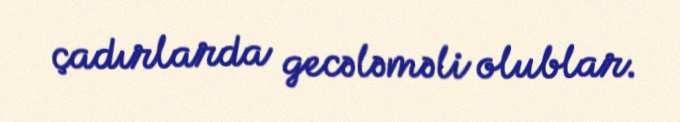
çadırlarda gecələməli olublar.